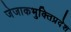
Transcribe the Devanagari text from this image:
जेजाकभुक्तिप्रदेश